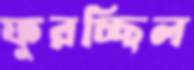
ফুরচ্ছিল